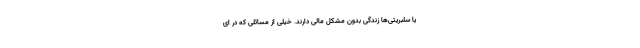
یا سلبریتی‌ها زندگی بدون مشکل مالی دارند. خیلی از مسائلی که در ای